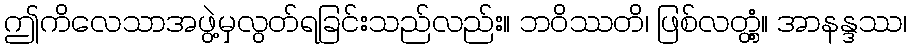
ဤကိလေသာအဖွဲ့မှလွတ်ရခြင်းသည်လည်း။ ဘဝိဿတိ၊ ဖြစ်လတ္တံ့။ အာနန္ဒဿ၊